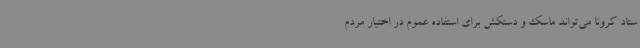
ستاد کرونا می‌تواند ماسک و دستکش برای استفاده عموم در اختیار مردم